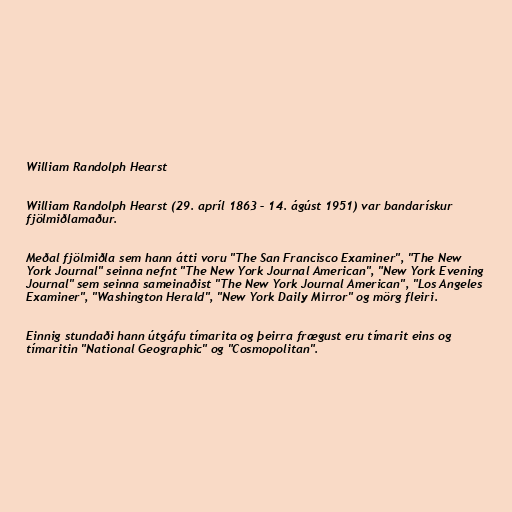
William Randolph Hearst

William Randolph Hearst (29. apríl 1863 – 14. ágúst 1951) var bandarískur
fjölmiðlamaður.

Meðal fjölmiðla sem hann átti voru "The San Francisco Examiner", "The New
York Journal" seinna nefnt "The New York Journal American", "New York Evening
Journal" sem seinna sameinaðist "The New York Journal American", "Los Angeles
Examiner", "Washington Herald", "New York Daily Mirror" og mörg fleiri.

Einnig stundaði hann útgáfu tímarita og þeirra frægust eru tímarit eins og
tímaritin "National Geographic" og "Cosmopolitan".